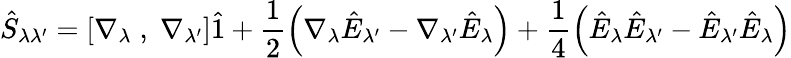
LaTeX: \hat{S}_{\lambda\lambda^{\prime}}=\left[\nabla_{\lambda}\; ,\; \nabla_{\lambda^{\prime}}\right]\hat{1}+\frac{1}{2}\left(\nabla_{\lambda}\hat{E}_{\lambda^{\prime}}-\nabla_{\lambda^{\prime}}\hat{E}_{\lambda}\right)+\frac{1}{4}\left(\hat{E}_{\lambda}\hat{E}_{\lambda^{\prime}}-\hat{E}_{\lambda^{\prime}}\hat{E}_{\lambda}\right)